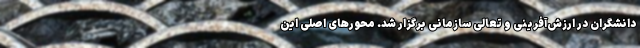
دانشگران در ارزش‌آفرینی و تعالی سازمانی برگزار شد. محورهای اصلی این